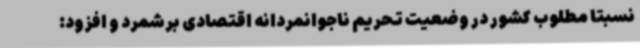
نسبتاً مطلوب کشور در وضعیت تحریم ناجوانمردانه اقتصادی برشمرد و افزود: